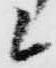
候